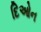
દિઓન